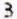
3